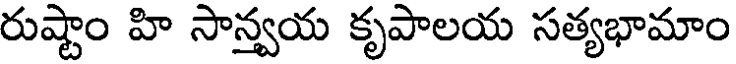
రుష్టాం హి సాన్వయ కృపాలయ సత్యభామాం